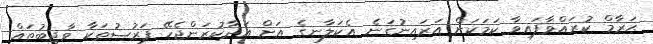
ޙަރާމް ކުރައްވާފައިވާ ކަމަކަށް އަރައިނުގަނެ އެކަލާނގެ އަށް އަދާކުރަންޖެހޭ ފަރުޟުތަކާ ވާޖިބުތައް